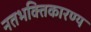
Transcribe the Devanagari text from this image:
नतभक्तिकारण्य